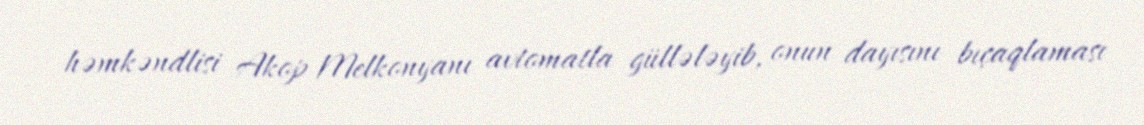
həmkəndlisi Akop Melkonyanı avtomatla güllələyib, onun dayısını bıçaqlaması